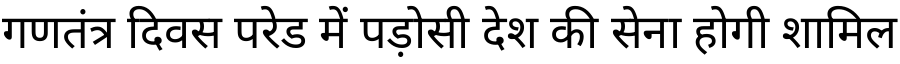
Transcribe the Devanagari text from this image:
गणतंत्र दिवस परेड में पड़ोसी देश की सेना होगी शामिल